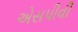
એસપીવી